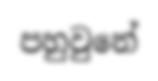
පහුවුනේ